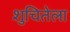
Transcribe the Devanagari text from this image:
शुचितेला